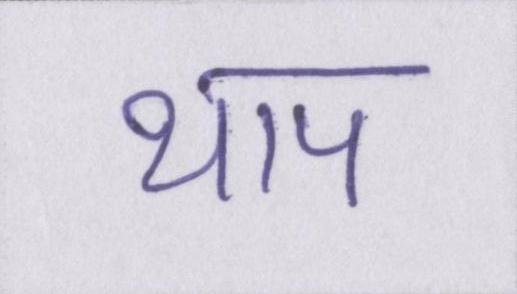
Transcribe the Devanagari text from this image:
थाप